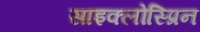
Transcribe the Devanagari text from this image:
साइक्लोस्प्रिन